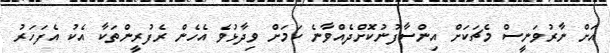
އަށް ނާރުވަނީސް މެޗަކަށް އިންސާފުނުކޮށްދެއްވާނެ ކަމަށް ވިދާޅުވެ އެހެން ރެފުރީންތަކާ އެކު އެފަހަރު